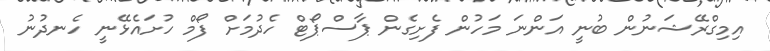
އިމިގްރޭޝަނުން ބުނީ އަންނަ މަހުން ފެށިގެން ޕާސްޕޯޓް ހެދުމަށް ފޯމް ހުށައެޅޭނީ ހެނދުނު